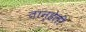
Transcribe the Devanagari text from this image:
तान्हेली